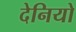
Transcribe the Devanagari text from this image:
देनियो